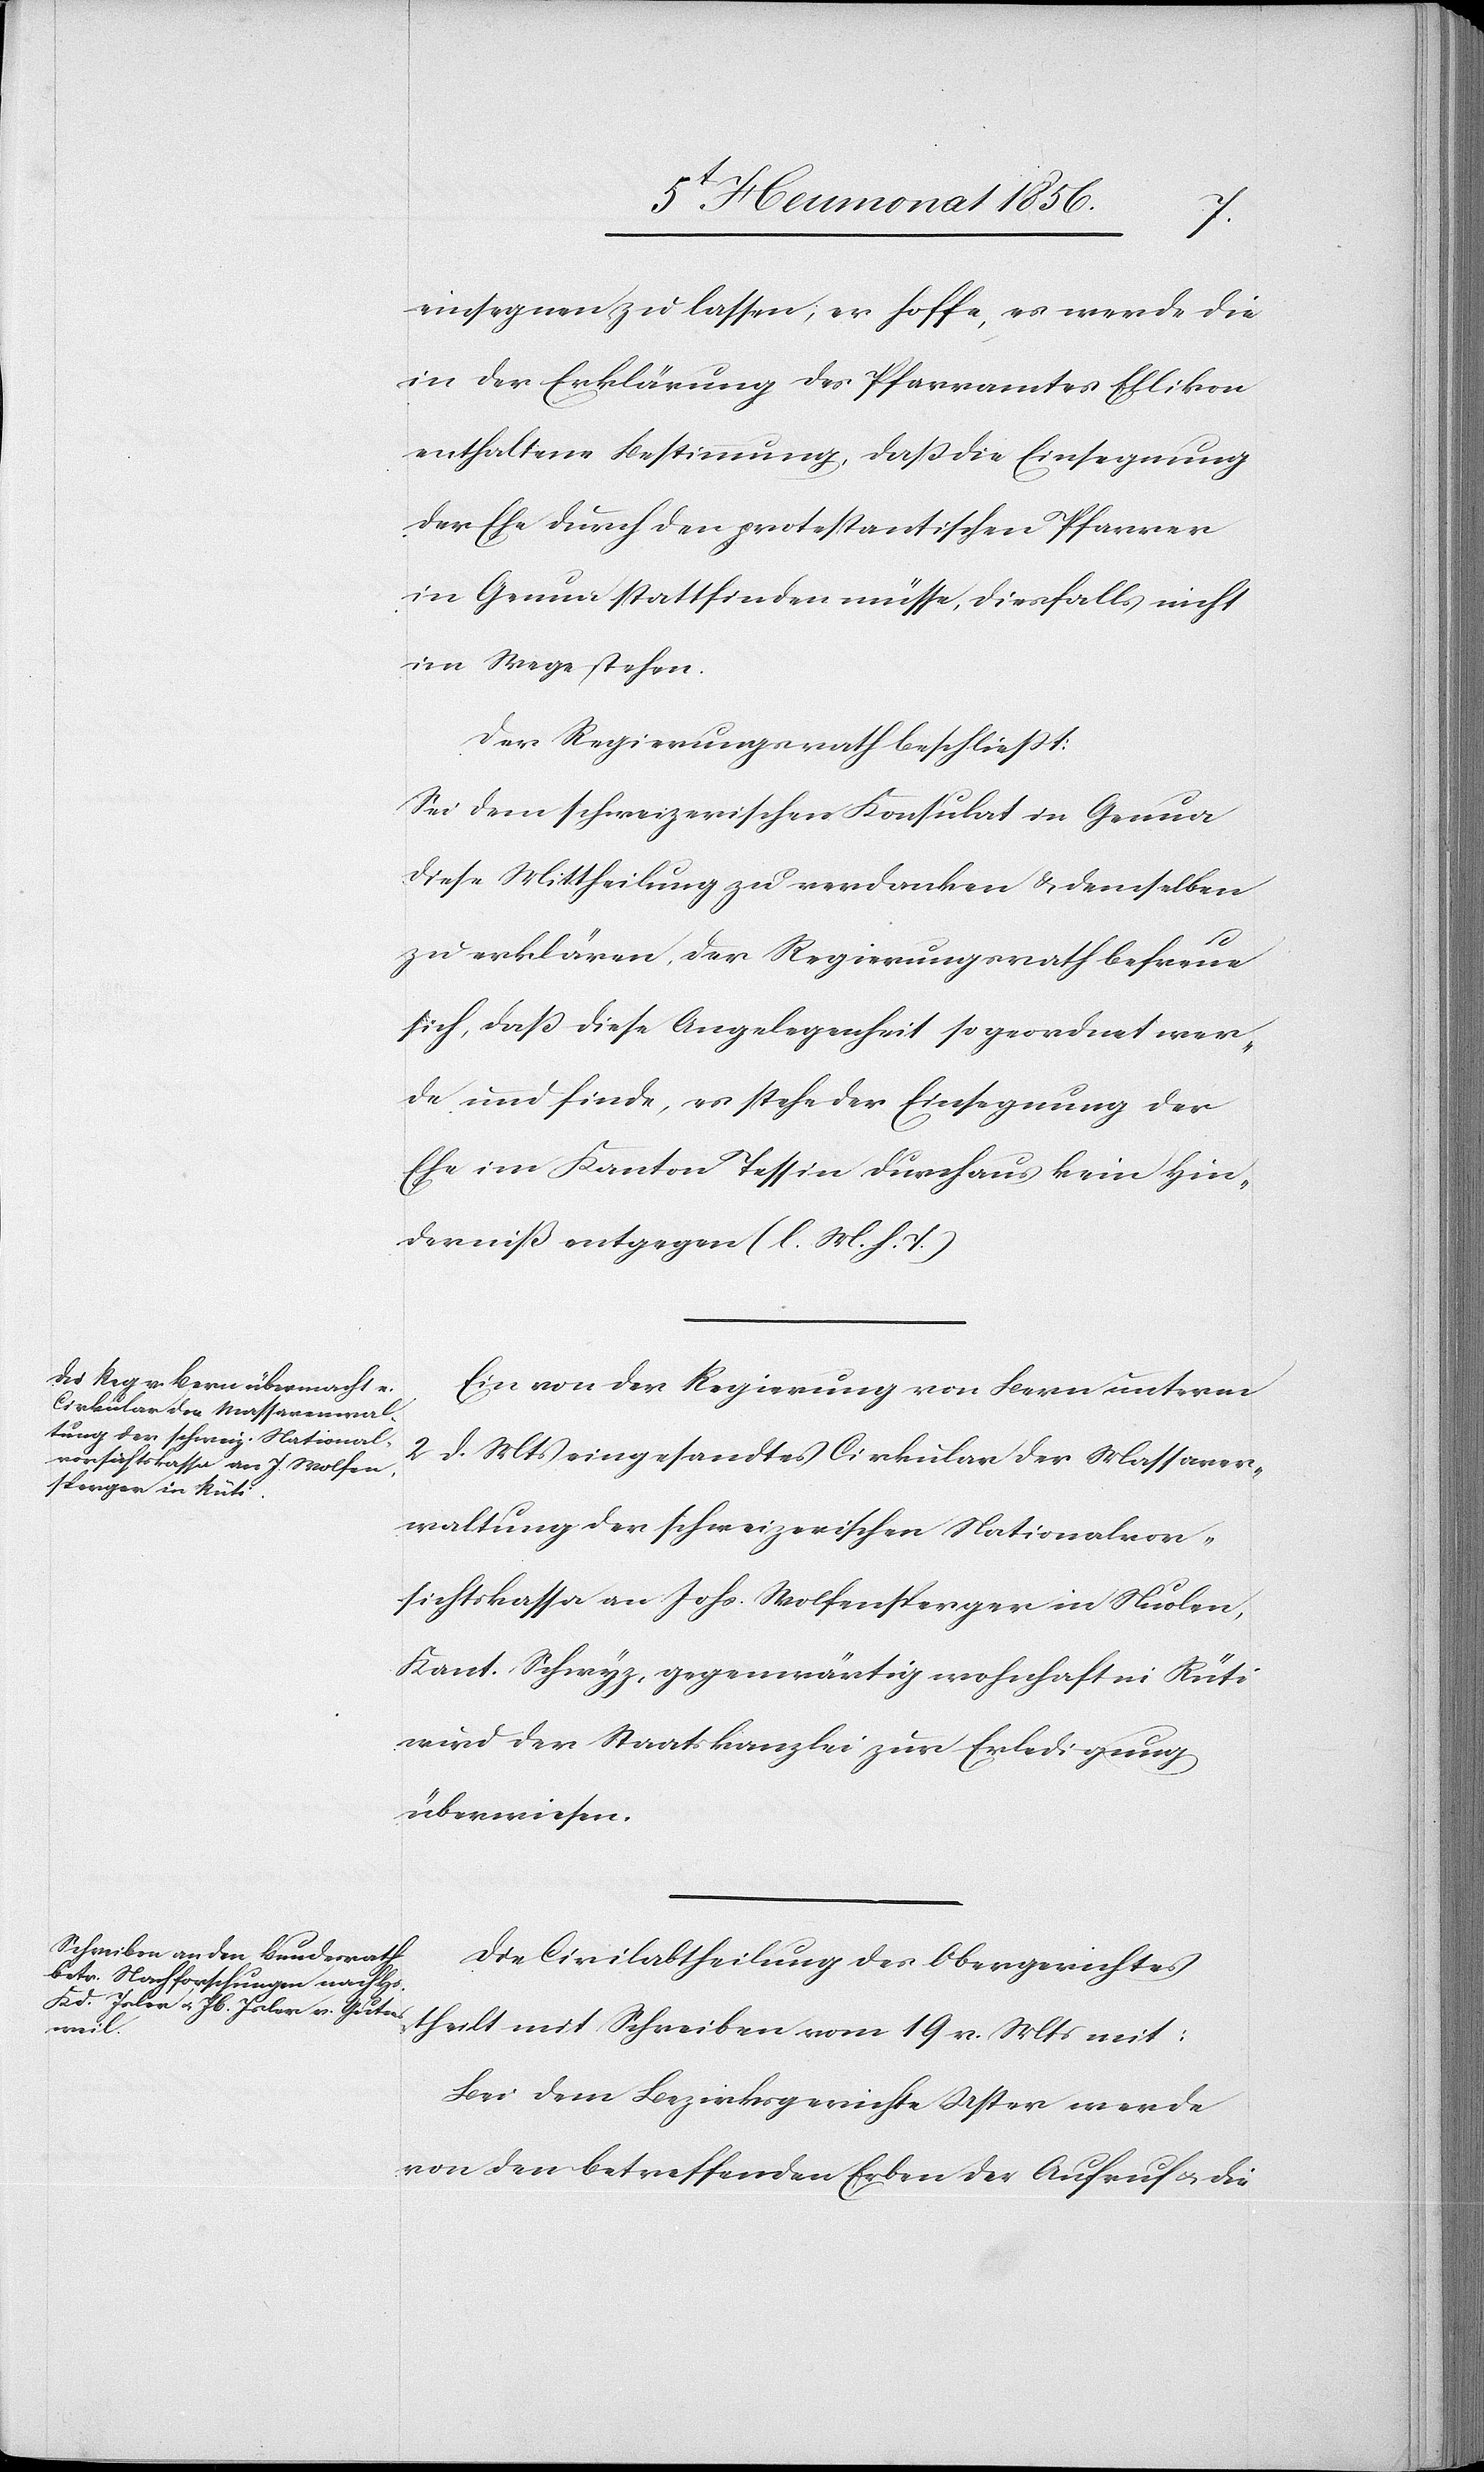
einsegnen zu lassen; er hoffe, es werde die
in der Erklärung des Pfarramtes Ellikon
enthaltene Bestimmung, dass die Einsegnung
der Ehe durch den protestantischen Pfarrer
in Genua stattfinden müsse, diesfalls nicht
im Wege stehen.
Der Regierungsrath beschliesst:
Sei dem schweizerischen Konsulat in Genua
diese Mittheilung zu verdanken & demselben
zu erklären, der Regierungsrath befreue
sich, dass diese Angelegenheit so geordnet wer¬
de und finde, es stehe der Einsegnung der
Ehe im Kanton Tessin durchaus kein Hin¬
derniß entgegen (l. M. h. T.)
Ein von der Regierung von Bern unterm
2
d. Mts eingesandtes Cirkular der Massaver¬
waltung der schweizerischen Nationalvor¬
sichtskassa an Johs. Wolfensperger in Nuolen,
Kant. Schwyz, gegenwärtig wohnhaft in Rüti
wird der Staatskanzlei zur Erledigung
überwiesen.
Die Civilabtheilung des Obergerichtes
theilt mit Schreiben vom 19 v. Mts mit:
Bei dem Bezirksgerichte Uster werde
von den betreffenden Erben der Aufruf u. die